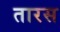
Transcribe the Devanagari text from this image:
तारस